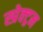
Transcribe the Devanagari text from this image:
स्प्रेक्ट्रम